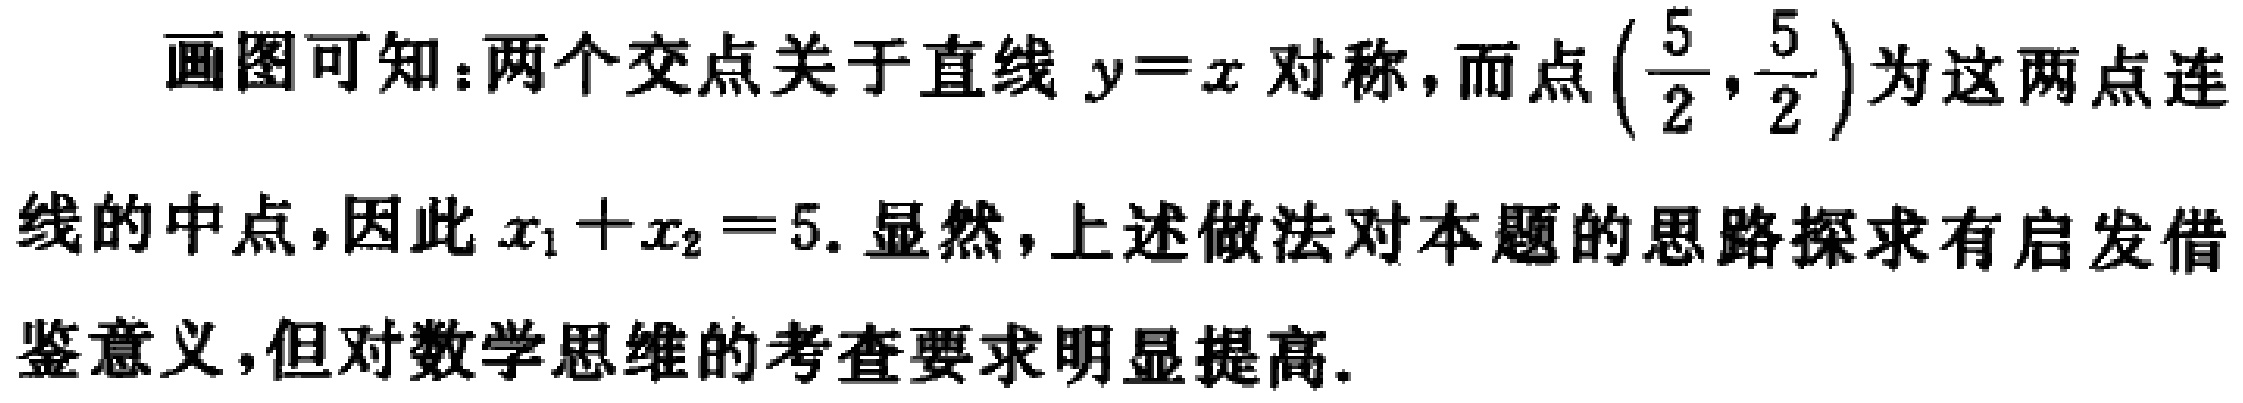
画图可知：两个交点关于直线 \(y = x\) 对称，而点 \((\frac{5}{2}, \frac{5}{2})\) 为这两点连线的中点，因此 \(x_1 + x_2 = 5\). 显然，上述做法对本题的思路探求有启发借鉴意义，但对数学思维的考查要求明显提高.